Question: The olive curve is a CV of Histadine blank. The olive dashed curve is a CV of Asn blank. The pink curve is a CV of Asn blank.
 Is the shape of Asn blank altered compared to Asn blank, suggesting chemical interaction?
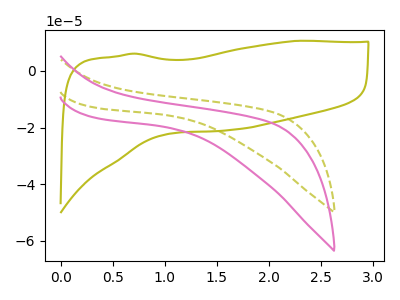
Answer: <think>The olive curve "Histadine blank" has no peaks. The olive dashed curve "Asn blank" has no peaks. The pink curve "Asn blank" has no peaks.
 Neither "Asn blank" or "Asn blank" have any peaks.</think>
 <answer>No, "Asn blank" and "Asn blank" don't appear to be significantly different in shape</answer>
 <eval>no_change</eval>